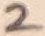
Text: 2